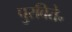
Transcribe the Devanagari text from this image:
पुरविते॰